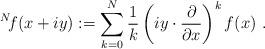
LaTeX: \begin{align*}^N\!f(x+iy):=\sum_{k=0}^N\frac{1}{k}\left(iy\cdot \frac{\partial}{\partial x}\right)^kf(x) \ . \end{align*}